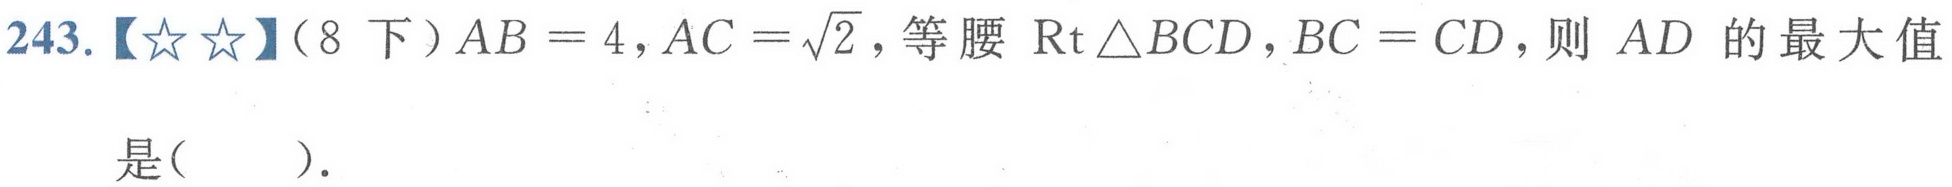
243.【★★】（8下）\(AB = 4\)，\(AC = \sqrt{2}\)，等腰\(\text{Rt}\triangle BCD\)，\(BC = CD\)，则 \(AD\) 的最大值是( ).